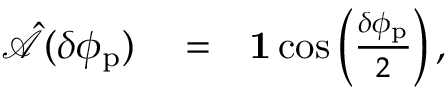
\begin{array} { r l r } { \hat { \mathcal { A } } ( \delta \phi _ { \mathrm { p } } ) } & { { } = } & { { \bf 1 } \cos \left( \frac { \delta \phi _ { \mathrm { p } } } { 2 } \right) , } \end{array}